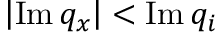
\left| \operatorname { I m } { { q } _ { x } } \right| < \operatorname { I m } { { q } _ { i } }